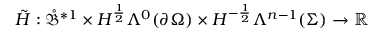
\tilde { H } : \mathring { \mathfrak { B } } ^ { \ast 1 } \times H ^ { \frac { 1 } { 2 } } \Lambda ^ { 0 } ( \partial \Omega ) \times H ^ { - \frac { 1 } { 2 } } \Lambda ^ { n - 1 } ( \Sigma ) \to \mathbb { R }